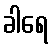
ခါရေ